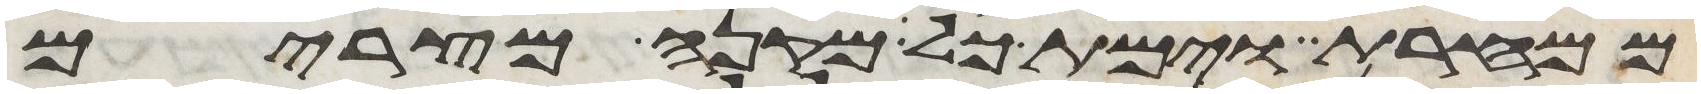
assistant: ממחרת וימת כל מקנה מצרים